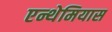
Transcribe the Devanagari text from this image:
एन्थेमियास